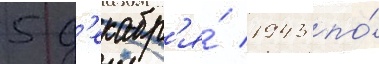
5 д'екабр'я́ 1943 по́